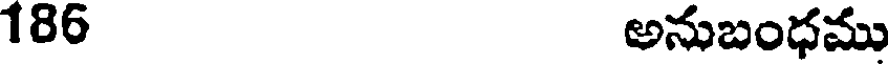
186 అనుబంధము